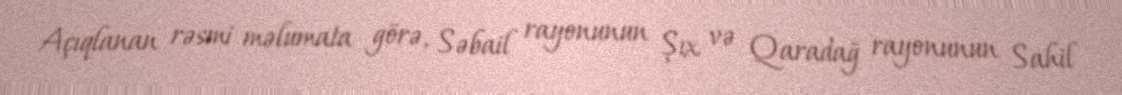
Açıqlanan rəsmi məlumata görə, Səbail rayonunun Şıx və Qaradağ rayonunun Sahil